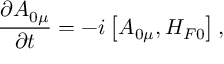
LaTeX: \frac { \partial A _ { 0 \mu } } { \partial t } = - i \left[ A _ { 0 \mu } , H _ { F 0 } \right] ,